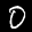
Label: 0